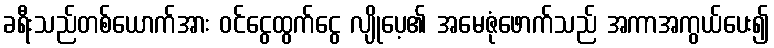
ခရီးသည်တစ်ယောက်အား ဝင်ငွေထွက်ငွေ လျိုပေ့၏ အမေဇုံဖောက်သည် အကာအကွယ်ပေး၍